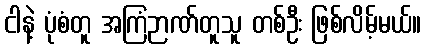
ငါနဲ့ ပုံစံတူ အကြံဉာဏ်တူသူ တစ်ဦး ဖြစ်လိမ့်မယ်။